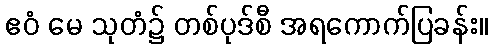
ဧဝံ မေ သုတံ၌ တစ်ပုဒ်စီ အရကောက်ပြခန်း။